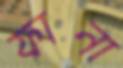
ফানা